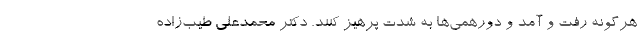
هرگونه رفت و آمد و دورهمی‌ها به شدت پرهیز کنند. دکتر محمدعلی طیب‌زاده